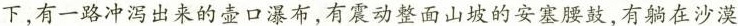
下，有一路冲泻出来的壶口瀑布，有震动整面山坡的安塞腰鼓，有躺在沙漠